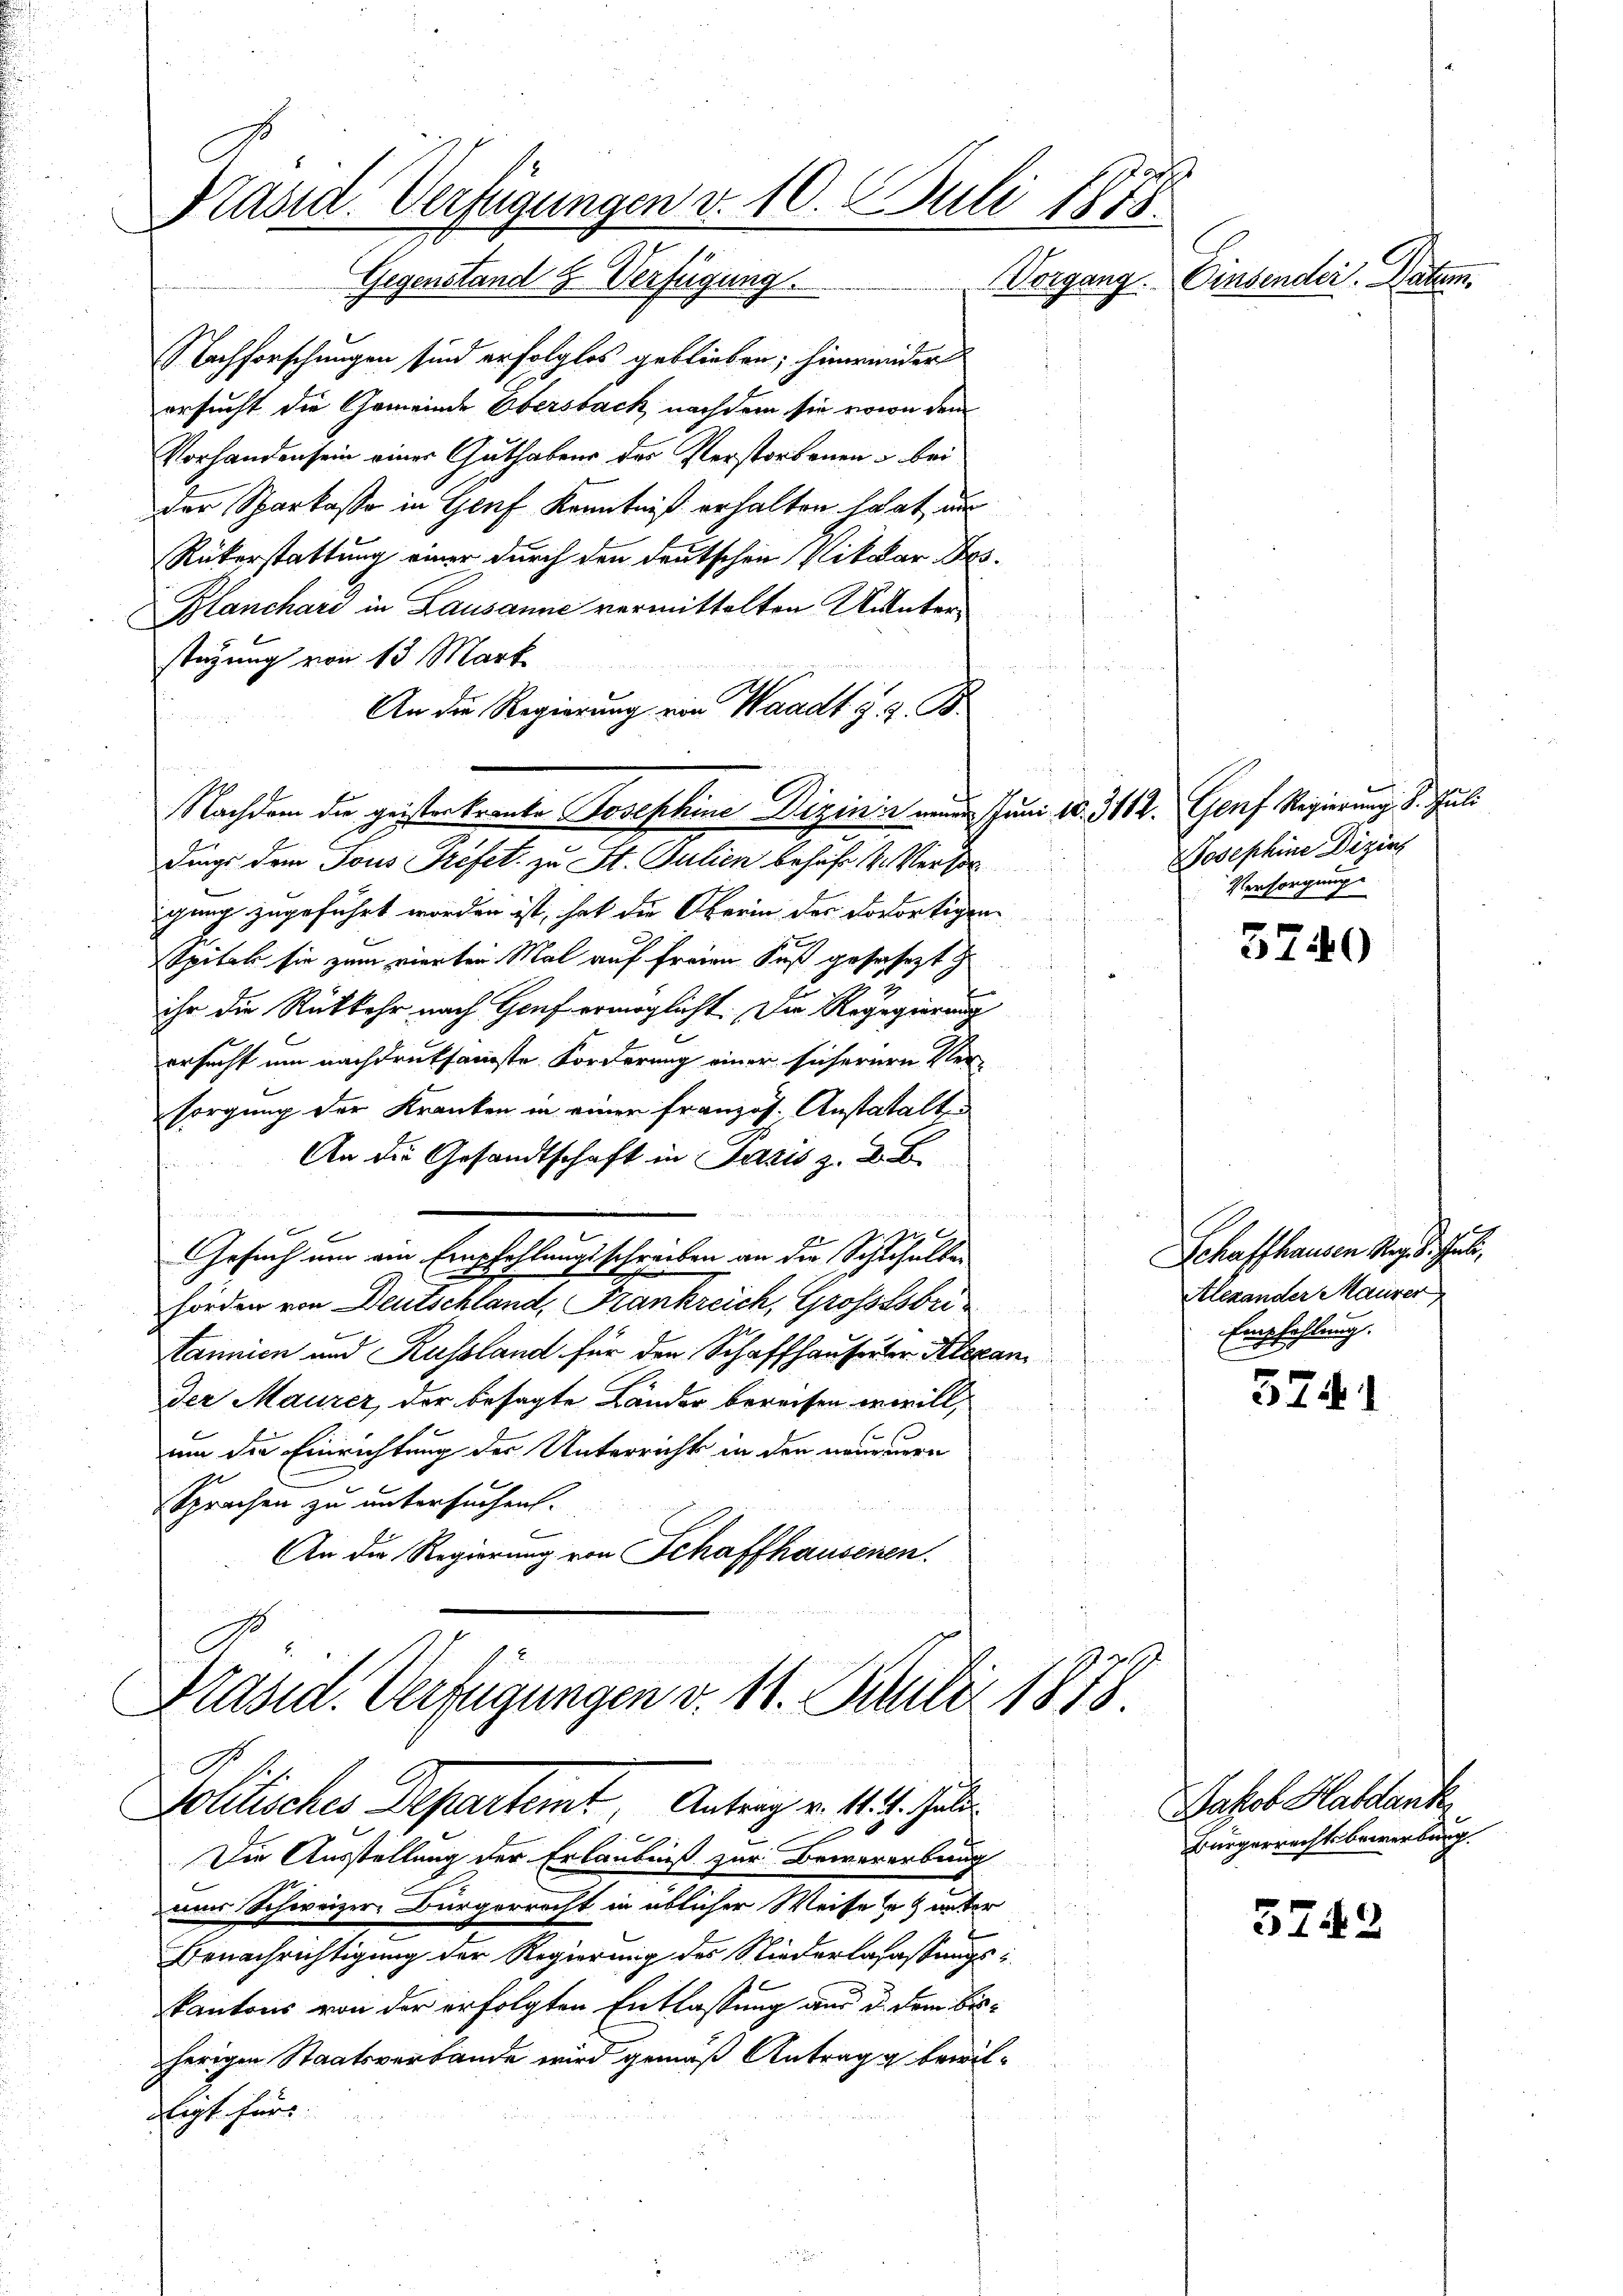
Kasid. Verfügungen v. 10. Juli 1878

Nachforschungen sind erfolglos geblieben; hinwieder
ersucht die Gemeinde Obersback nachdem sie wovon dem
Vorhanden sein einer Guthabens des Verstorbenen & bei
der Sparkasse in Genf Kenntniß erhalten hat, au
Rükerstattung einer durch den deutschen Niklar Des¬
Blanchard in Lausanne vermittelten Unterstüzung von 13 Mark
An die Regierung ein Waadt §. 2. B.
Nachdem die geisterkranke Josephine Dizinin einen Juni 10. 312. Genf Regierung d. Juli
dings dem Tous Préfet, zu St. Julien behaft 4. Vertr
gung zugeführt worden ist, hat die Oberin des Vorortigen
Spital sie zum vierten Mal auf freien Fuß gefahrt z.
ihr die Rückkehr nach Genf ermöglicht. Die Regegierung
ersucht um nachdruksamste Forderung einer sicherern Ver-
sorgung der Kranken in einer französ. Anstatalten
An die Gesandtschaft in Paris z. B. B.
f
x
i
Gesuch um ein Empfehlungsschreiben an die Schlehalter
hörden von Deutschland, Frankreich, Großssbri
tannien und Russland für den Schaffhauserter Alexan
der Maurer, der besagte Lander bereisen erwill,
um die Einrichtung der Unterrichts in den neuerun
Sprachen zu untersuchen.
f
An die Regierung von Schaffhausenen.

C.
Präsid. Verfügungen d. 11. Mili 1878.
G.
Solitisches Departeit Antrag v. 11. 1. Juli

2
Die Ausstellung der Erlaubniß zur Bewererbung
uus Schweizer. Bürgerrecht in üblicher Weise & unter
Benachrichtigung der Regierung des Niederlafassungskantons von der erfolgten Entlassung aus d. dem beherigen Staatsverbände wird gemäß Antrag g bewillegt. Fürs

Vorgang. Einsender. Datum.

Josephine Dizins
Versorgung

5740

Schaffhausen Reg. Siehet,
Alexander Maurer
Empfehlung.

574. 1

Jakob Habdank
Bürgerrechtsbewerbung.

3743